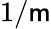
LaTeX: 1/\mathsf{m}